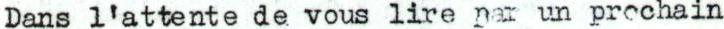
Dans l'attente de vous lire par un prochain